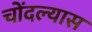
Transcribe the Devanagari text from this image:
चोंदल्यास